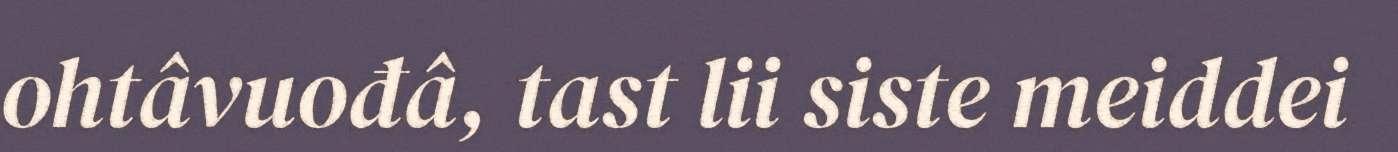
ohtâvuođâ, tast lii siste meiddei